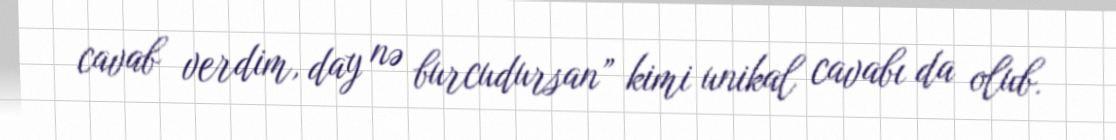
cavab verdim, day nə burcudursan” kimi unikal cavabı da olub.